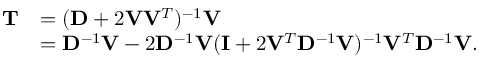
\begin{array} { r l } { \mathbf { T } } & { = ( \mathbf { D } + 2 \mathbf { V } \mathbf { V } ^ { T } ) ^ { - 1 } \mathbf { V } } \\ & { = \mathbf { D } ^ { - 1 } \mathbf { V } - 2 \mathbf { D } ^ { - 1 } \mathbf { V } ( \mathbf { I } + 2 \mathbf { V } ^ { T } \mathbf { D } ^ { - 1 } \mathbf { V } ) ^ { - 1 } \mathbf { V } ^ { T } \mathbf { D } ^ { - 1 } \mathbf { V } . } \end{array}